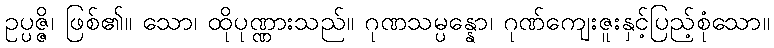
ဥပ္ပဇ္ဇိ၊ ဖြစ်၏။ သော၊ ထိုပုဏ္ဏားသည်။ ဂုဏသမ္ပန္နော၊ ဂုဏ်ကျေးဇူးနှင့်ပြည့်စုံသော။